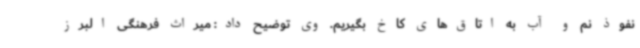
نفوذ نم و آب به اتاق‌های کاخ بگیریم. وی توضیح داد: میراث فرهنگی البرز